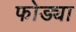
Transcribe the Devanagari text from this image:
फोड्या